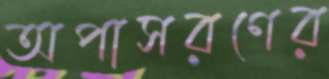
অপাসরণের